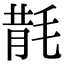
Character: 𣮠